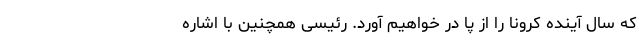
که سال آینده کرونا را از پا در خواهیم آورد. رئیسی همچنین با اشاره